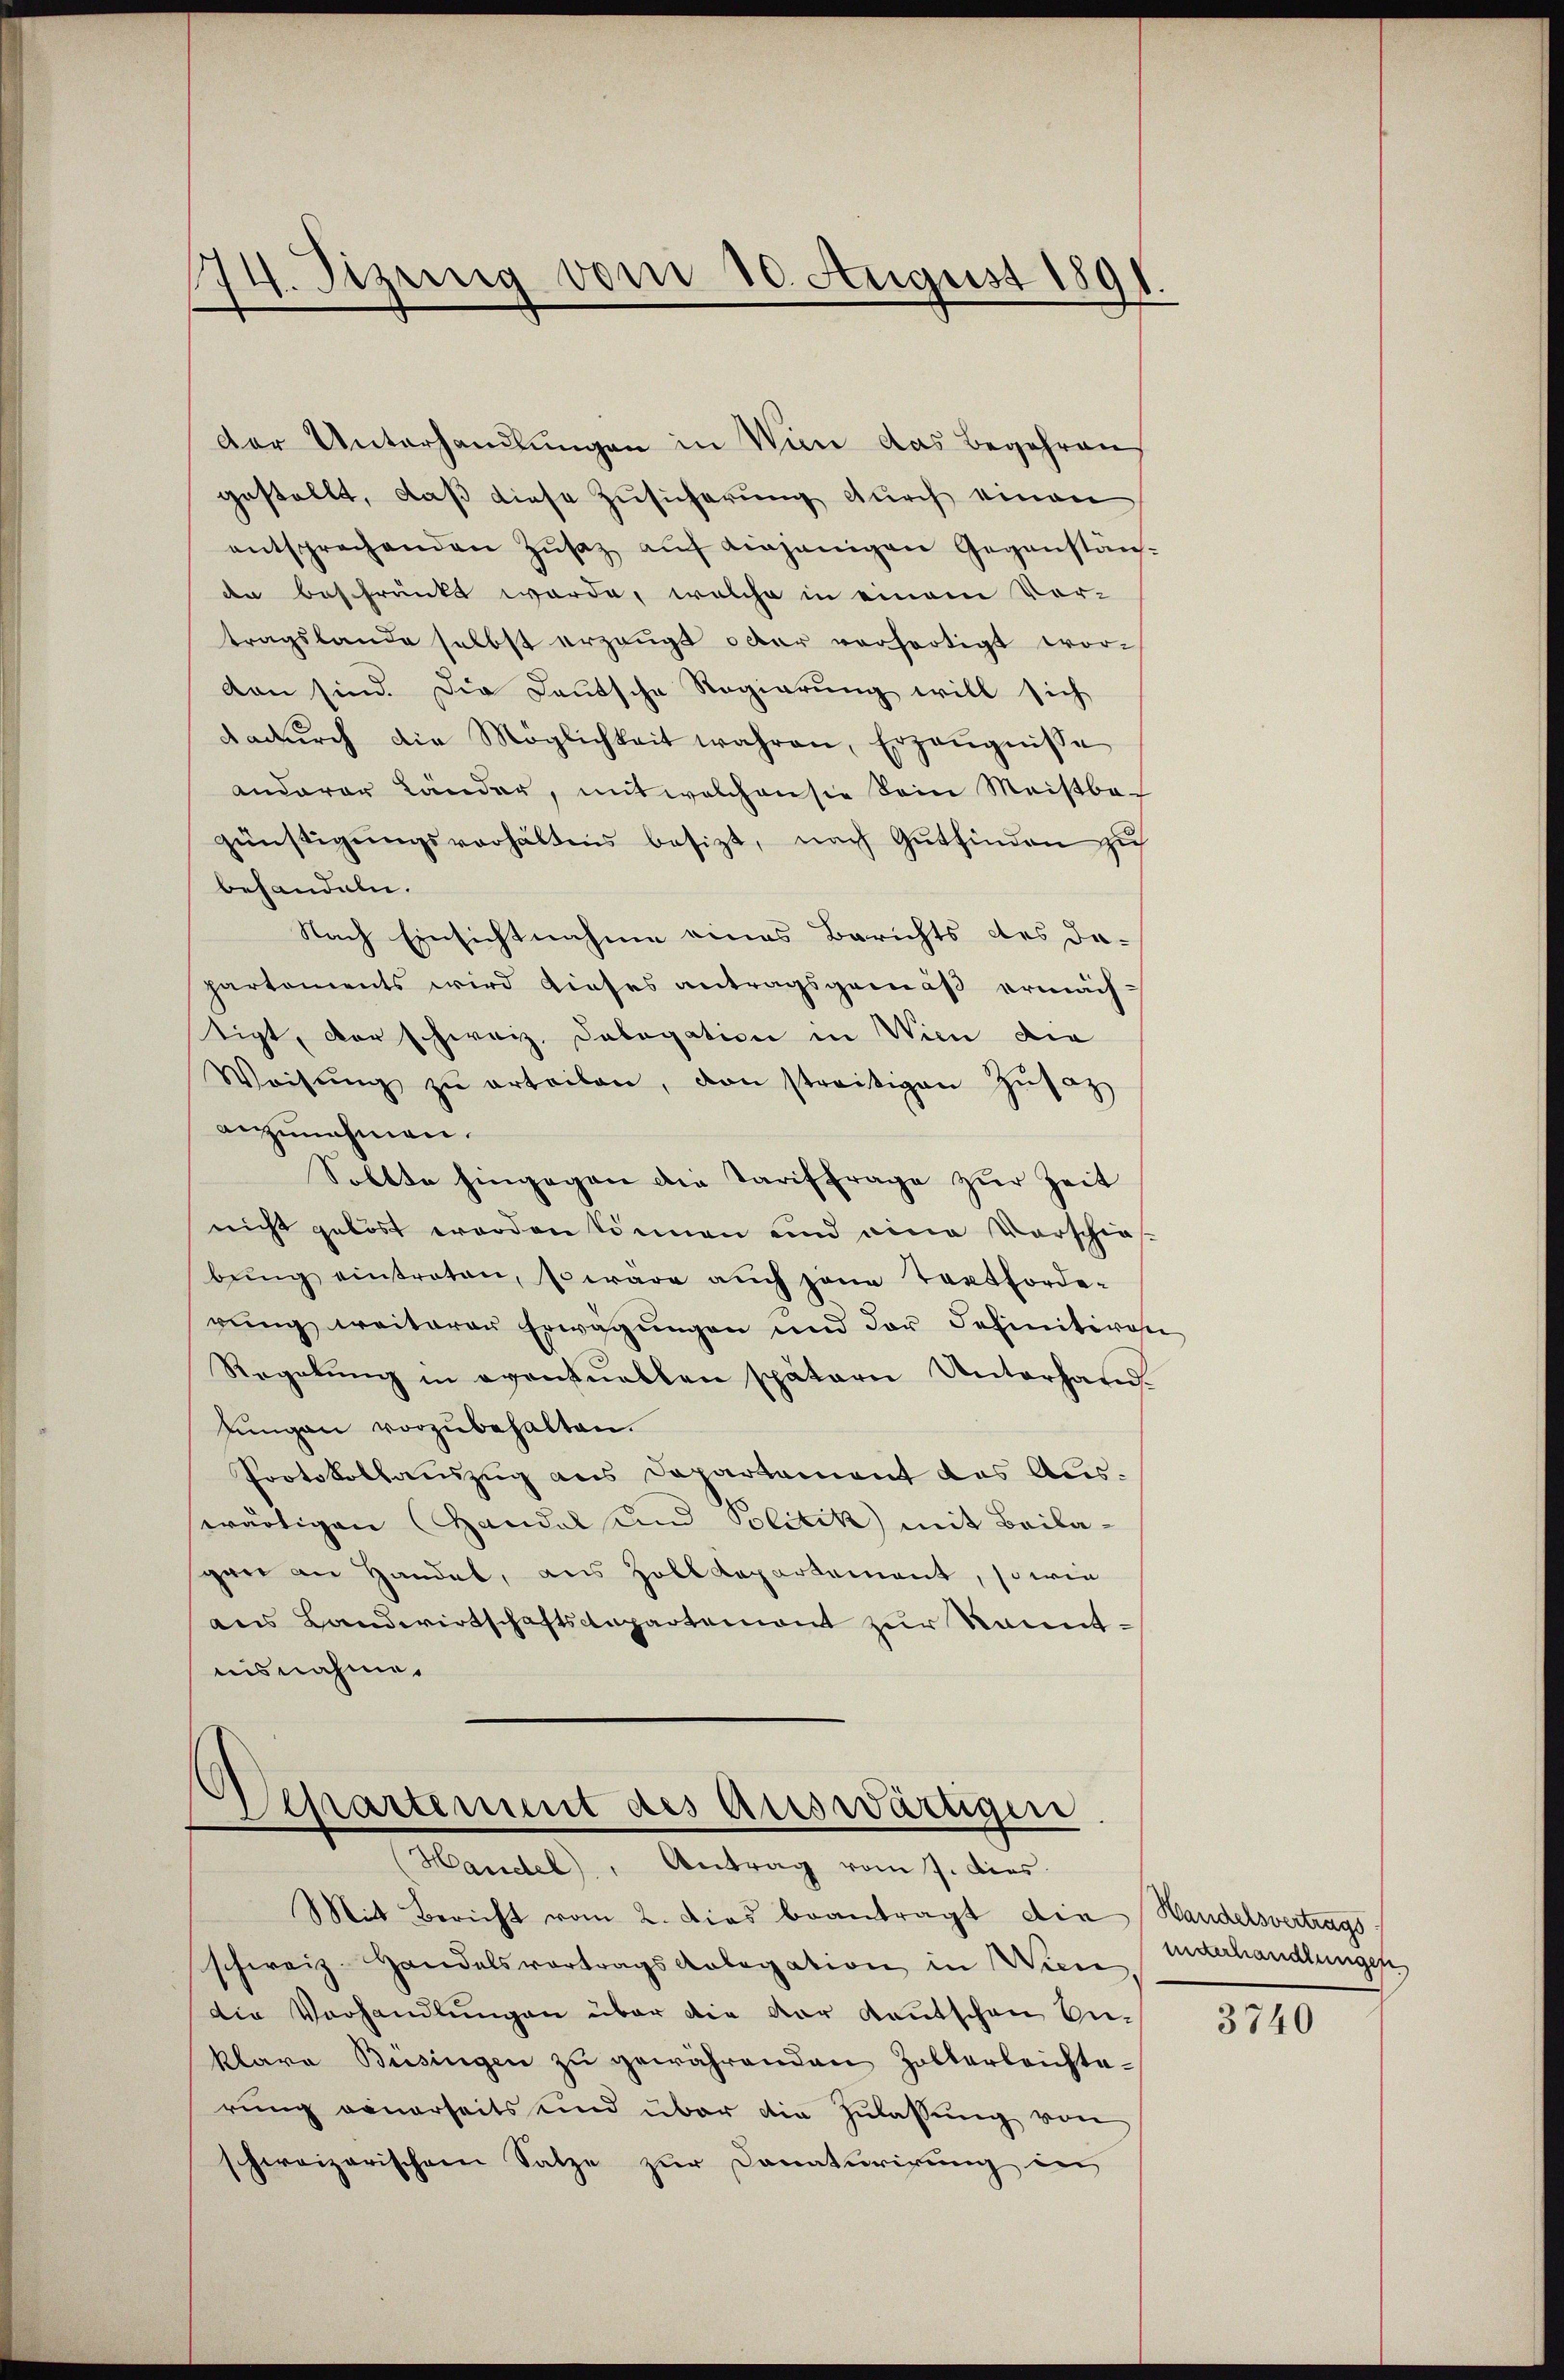
174. Sizung vom 10. August 1891.

Der Unterhandlŭngen in Von das Begehren,
gestellt, daß diese Zusicherung durch einen
entsprechenden Zŭsaz aŭf einjenigen Gegenstän-
den beschränkt werde, welche in einem Vor-
tragslande selbst erzeugt oder verfertigt wordan sind. Die Deutsche Regierung will sich
dadŭrch die Möglichkeit wahren, Erzeŭgnisse
anderer Länder, mit welchen sie sein Meistbe-
günstigŭngsverhältens besizt, nach Gutfinden zu
behandeln.
Nach Einsichtnahme eines Berichts des dapartements wird dieses antragsgemäß ermäch-
tigt, der schweiz. Dabogation in Wien die
Weisŭng zŭ erteilen, den streitigen Zŭsatz
anzunehmen.
Sollte hingegen die Tariffrage zur Zeit
nicht gelöst worden können und eine Vorschie-
bŭng eintreten, so wäre auch jene Textforde-
rŭng weiterer Erwägungen und der definitiven
Regelung in eventuellen spätern Unterhan¬
Jungen vorzubehalten.
Protokollauszug aus Departament des Auswärtigen Handel und Politik mit Beilagan an Handel, aus Zoll Kopartement, so wie
aus Landwirtschaftsenpartemont zur kanntnisnahme.

Departement des Amtswärtigen
(Handel, Antrag vom 7. dies

Mit Bericht vom 2. Dies beantragt die Handelsvertrags
schweiz. Handelsvortrags Kolegation in Wiene,
die Verhandlungen über die der Kautschen An-
klara Büsingen zŭ gewährenden Zolterleichte-
rung neuerseits und über die Zulassung von
schweizerischen Satze zur Donaturirung in

unterhandlungen

3740